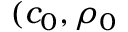
( c _ { 0 } , \rho _ { 0 }